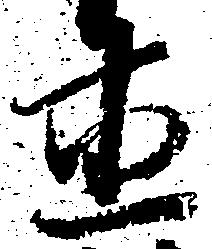
直